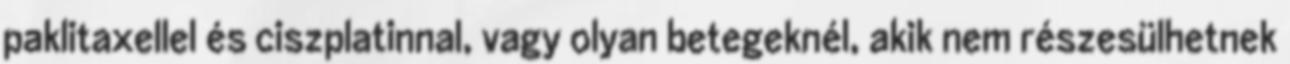
paklitaxellel és ciszplatinnal, vagy olyan betegeknél, akik nem részesülhetnek